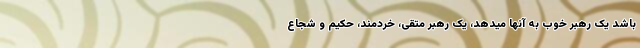
باشد یک رهبر خوب به آنها میدهد، یک رهبر متقی، خردمند، حکیم و شجاع